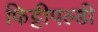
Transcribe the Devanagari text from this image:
फिट्टीपल्डी